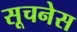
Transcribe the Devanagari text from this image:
सूचनेस